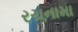
રચનામા